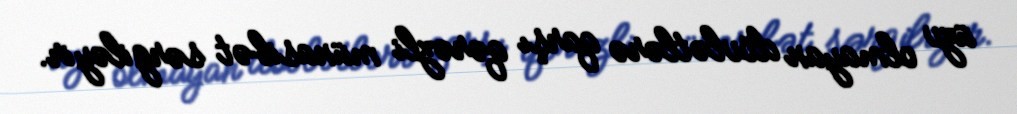
üzv olmayan dövlətlərə qarşı qərəzli münasibət sərgiləyir.